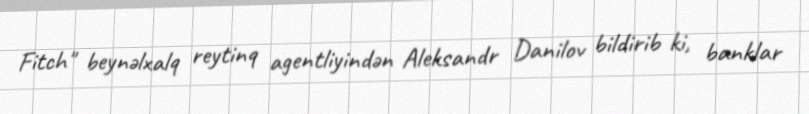
Fitch" beynəlxalq reytinq agentliyindən Aleksandr Danilov bildirib ki, banklar